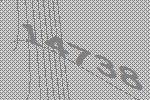
14738